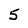
Character: 5